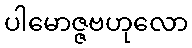
ပါမောဇ္ဇဗဟုလော